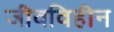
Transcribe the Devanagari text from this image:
जीवविहीन